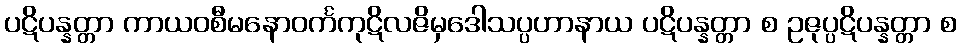
ပဋိပန္နတ္တာ ကာယဝစီမနောဝင်္ကကုဋိလဇိမှဒေါသပ္ပဟာနာယ ပဋိပန္နတ္တာ စ ဥဇုပ္ပဋိပန္နတ္တာ စ